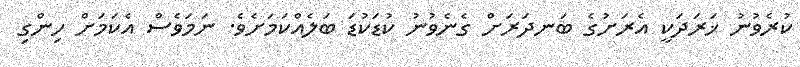
ކުރެވުނު ޚަރަދަކީ އެރަށުގެ ބަނދަރަށް ގެނެވުނު ކުޑަކުޑަ ބަލެއްކަމަށެވެ. ނަމަވެސް އެކަމަށް ހިންގި